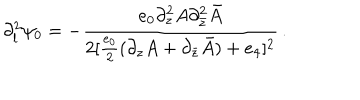
\partial _ { l } ^ { 2 } \psi _ { 0 } = - \frac { e _ { 0 } \partial _ { z } ^ { 2 } A \partial _ { \bar { z } } ^ { 2 } \bar { A } } { 2 [ \frac { e _ { 0 } } { 2 } ( \partial _ { z } A + \partial _ { \bar { z } } \bar { A } ) + e _ { 4 } ] ^ { 2 } } \, .